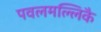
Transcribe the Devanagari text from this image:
पवलमल्लिकै